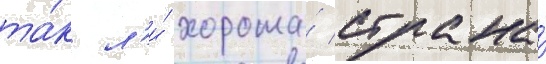
та́к л'и́ хороша́ страна́